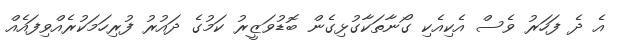
އެ ދެ ފަހަރު ވެސް އެކިއެކި ގޯނާތަކާގުޅިގެން ބޮޑުވަޒީރު ކަމުގެ ދައުރު ފުރިހަމަކުރެއްވިފައެއް